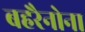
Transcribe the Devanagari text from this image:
बहरैनोना